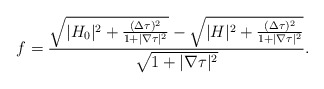
\begin{align*} f= \frac{\sqrt{|H_0|^2 +\frac{(\Delta \tau)^2}{1+ |\nabla \tau|^2}} - \sqrt{|H|^2 +\frac{(\Delta \tau)^2}{1+ |\nabla \tau|^2}} }{ \sqrt{1+ |\nabla \tau|^2}} .\end{align*}